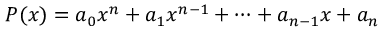
P ( x ) = a _ { 0 } x ^ { n } + a _ { 1 } x ^ { n - 1 } + \cdots + a _ { n - 1 } x + a _ { n }